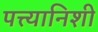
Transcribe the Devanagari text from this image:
पत्त्यानिशी